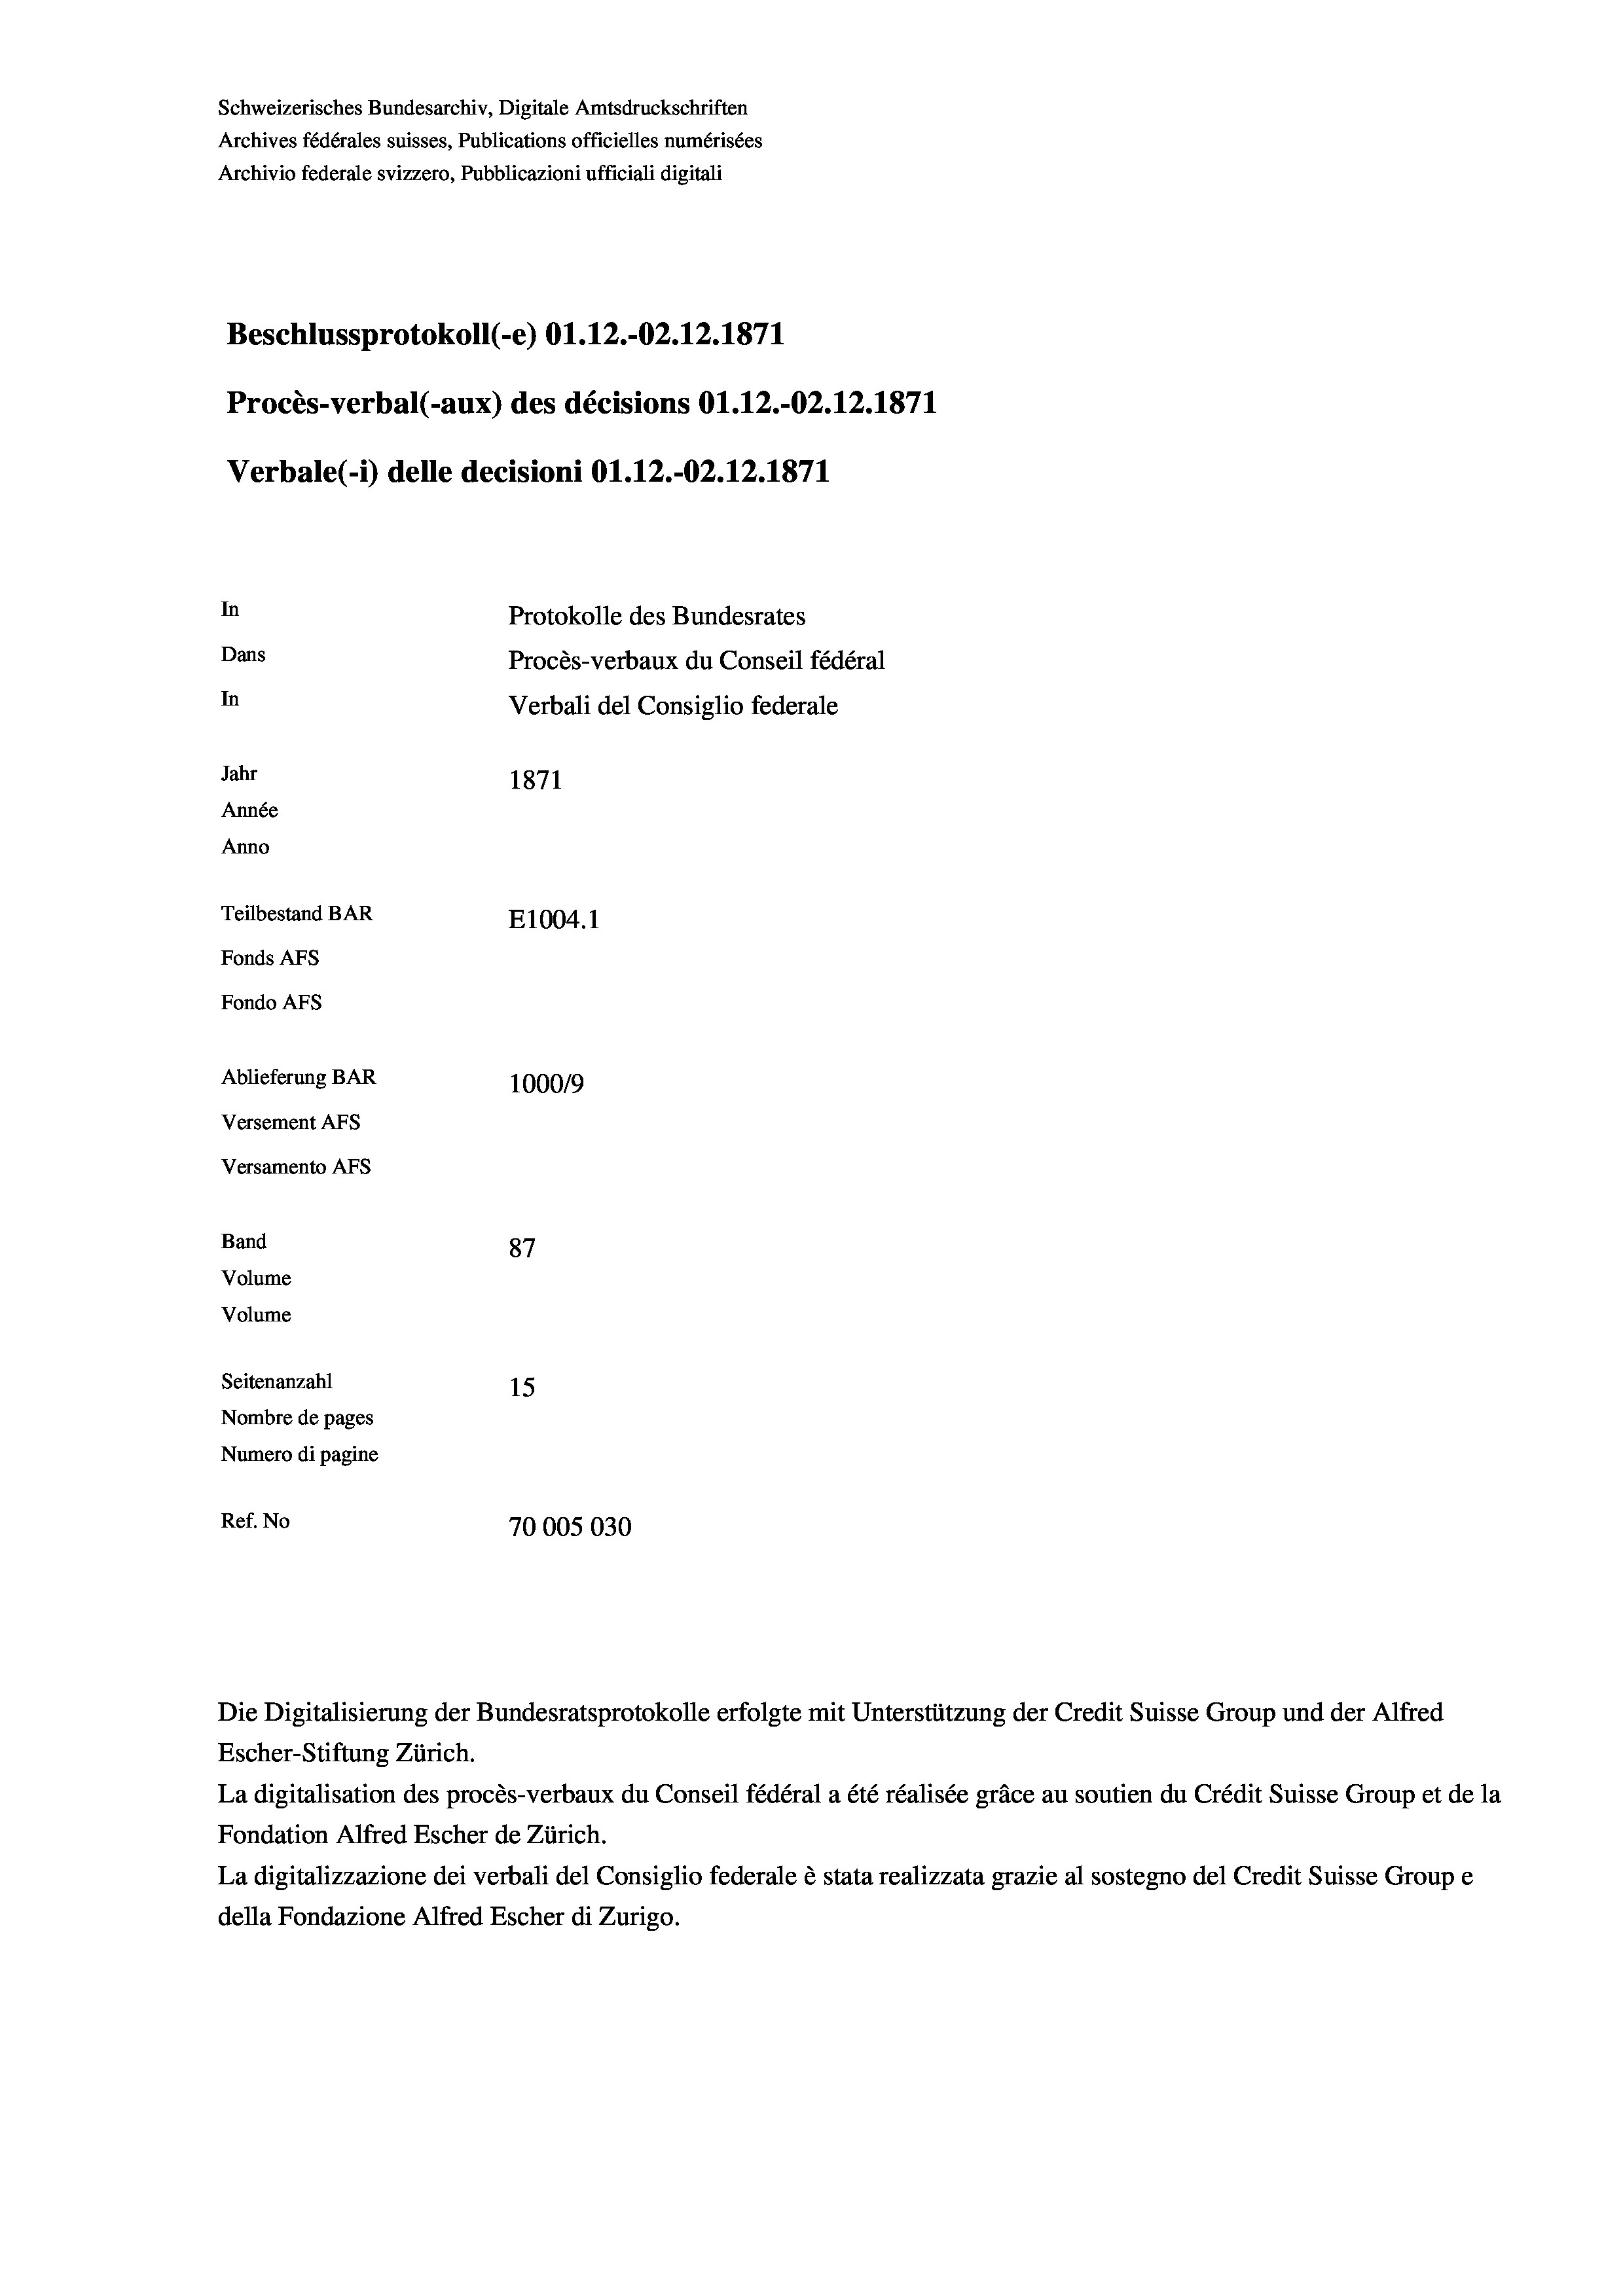
Schweizerisches Bundesarchiv, Digitale Amtsdruckschriften
Archives fédérales suisses, Publications officielles numérisées
Archivio federale svizzero, Pubblicazioni ufficiali digitali
Beschlussprotokoll (-e) O1.12.-02.12.1871
Procès-verbal (-aux) des décisions Ol.12.-O2.12.1871
Verbale(-*) delle decisioni O1.12.-O2.12.1871
In
Protokolle des Bundesrates
Dans
Procès-verbaux du Conseil fédéral
In
Verbali del Consiglio federale
Jahr
1871
Année
Anno
Teilbestand BAR
E1004. 1
Fonds Afs
Fondo AFs
Ablieferung BAR
100019
Versement AFs
Versamento AFs
Band
87
Volume
Volume
Seitenanzahl
15
Nombre de pages
Numero di pagine
Ref. No
70005030

Escher-Stiftung Zürich.
La digitalisation des procès-verbaux du Conseil fédéral a été réalisée gräce au soutien du Crédit Suisse Group et de la
Fondation Alfred Escher de Zürich.
La digitalizzazione dei verbali del Consiglio federale è stata realizzata grazie al sostegno del Credit Suisse Groupe
della Fondazione Alfred Escher di Zurigo.

Die Digitalisierung der Bundesratsprotokolle erfolgte mit Unterstützung der Credit Suisse Group und der Alfred